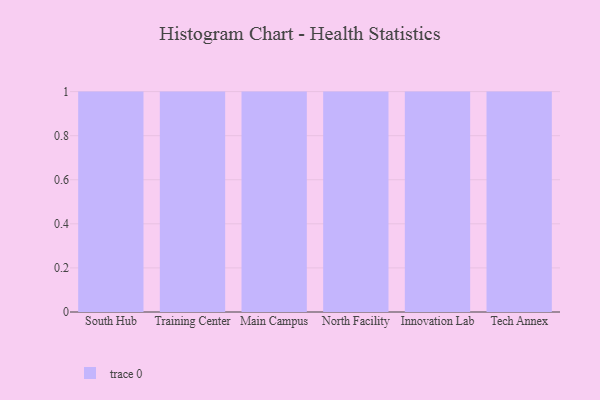
{"axis": {"x": "Campus", "y": "Operating Costs (USD K)"}, "legend": [""], "data": [{"x": "South Hub", "y": 65, "type": ""}, {"x": "Training Center", "y": 44, "type": ""}, {"x": "Main Campus", "y": 94, "type": ""}, {"x": "North Facility", "y": 15, "type": ""}, {"x": "Innovation Lab", "y": 54, "type": ""}, {"x": "Tech Annex", "y": 69, "type": ""}]}